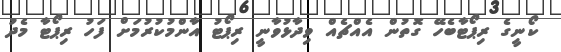
ކޯނީގެ ރިޕޯޓާބެހޭ ގޮތުން އެއްޗެއް ވިދާޅުވާނީ ރިޕޯޓު އާންމުކުރުމަށް ފަހު ރިޕޯޓާ މެދު